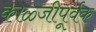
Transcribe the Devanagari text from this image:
काळ्जीपूर्वक